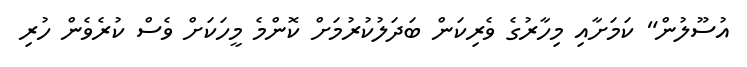
އުސޫލުން" ކަމަށާއި މިހާރުގެ ވެރިކަން ބަދަލުކުރުމަށް ކޮންމެ މީހަކަށް ވެސް ކުރެވެން ހުރި